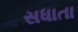
સધાતા